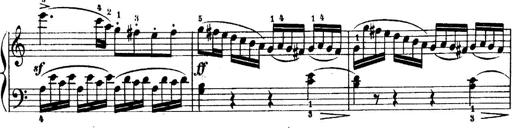
Title: 6 Piano Sonatinas
Composer: Cornelius Gurlitt